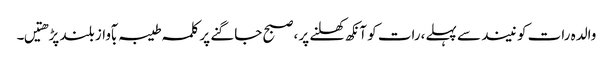
والدہ رات کو نیند سے پہلے،رات کو آنکھ کھلنے پر ،صبح جاگنے پر کلمہ طیبہ بآواز بلند پڑھتیں۔